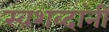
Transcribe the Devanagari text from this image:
स्वशब्दांनी